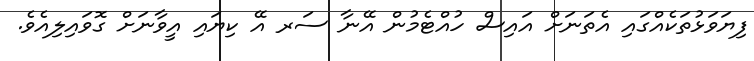
ފިޔަވަޅުތަކެއްގައި އެތަނަށް އައިސް ހުއްޓެމުން އޭނާ ސަރ އޭ ކިޔައި އީވާނަށް ގޮވައިލިއެވެ.